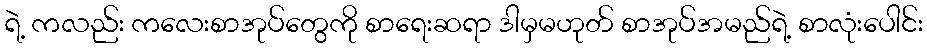
ရဲ့ ကလည်း ကလေးစာအုပ်တွေကို စာရေးဆရာ ဒါမှမဟုတ် စာအုပ်အမည်ရဲ့ စာလုံးပေါင်း